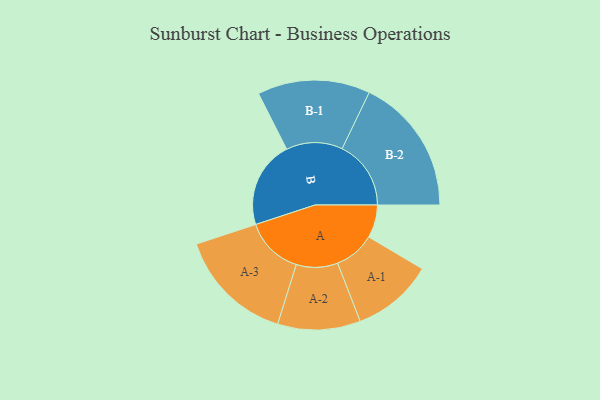
{"axis": {"x": "Segment", "y": "Value"}, "legend": ["", "A", "B"], "data": [{"x": "A", "y": 139, "type": ""}, {"x": "B", "y": 368, "type": ""}, {"x": "A-1", "y": 172, "type": "A"}, {"x": "A-2", "y": 175, "type": "A"}, {"x": "A-3", "y": 246, "type": "A"}, {"x": "B-1", "y": 238, "type": "B"}, {"x": "B-2", "y": 291, "type": "B"}]}